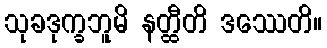
သုခဒုက္ခဘူမိ နတ္ထီတိ ဒဿေတိ။